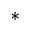
^ *